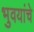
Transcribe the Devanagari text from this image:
भुवयांचे